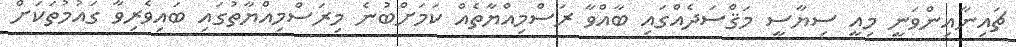
ޗައިނާއިންވަނީ މިއީ ސިޔާސީ މަޤްސަދެއްގައި ބާއްވާ ރަސްމިއްޔާތެއް ކަމަށްބުނެ މިރަސްމިއްޔާތުގައި ބައިވެރިވާ ގައުމުތަކަށް